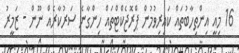
16 މިއީ އިންތިހާބުތައް ކައިރިވުމުން ޕްރޮޖެކްޓްތައް ހިންގާނެ ސަރުކާރެއް ނޫން - ޒަމީރު